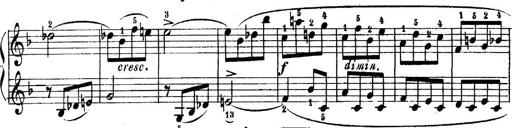
Title: 6 Piano Sonatinas
Composer: Cornelius Gurlitt